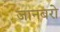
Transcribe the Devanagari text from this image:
जानबरो